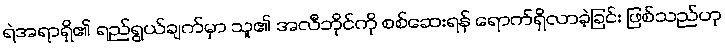
ရဲအရာရှိ၏ ရည်ရွယ်ချက်မှာ သူ၏ အလီဘိုင်ကို စစ်ဆေးရန် ရောက်ရှိလာခဲ့ခြင်း ဖြစ်သည်ဟု